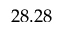
2 8 . 2 8